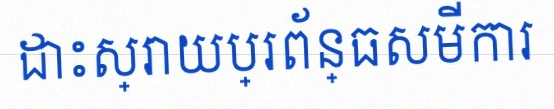
ដោះស្រាយប្រព័ន្ធសមីការ